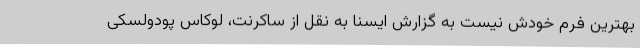
بهترین فرم خودش نیست به گزارش ایسنا به نقل از ساکرنت، لوکاس پودولسکی